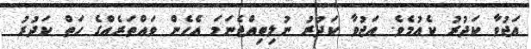
އަޖުވާ ކަދުރު ކެއުމެވެ. އަޖުވާ ކަދުރު ނުލިބިއްޖެނަމަ އެހެން ވައްތަރެއްގެ ހަތް ކަދުރު